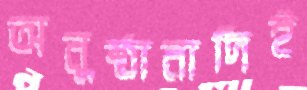
অনুষ্ঠানাদিই